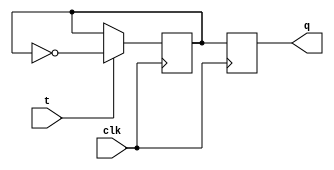
module t_flip_flop (
    input clk,
    input t,
    output reg q
);

reg d;

always @(posedge clk) begin
    if (t) begin
        d <= d ^ 1'b1; // Toggle functionality
    end
end

always @(posedge clk) begin
    q <= d;
end

endmodule